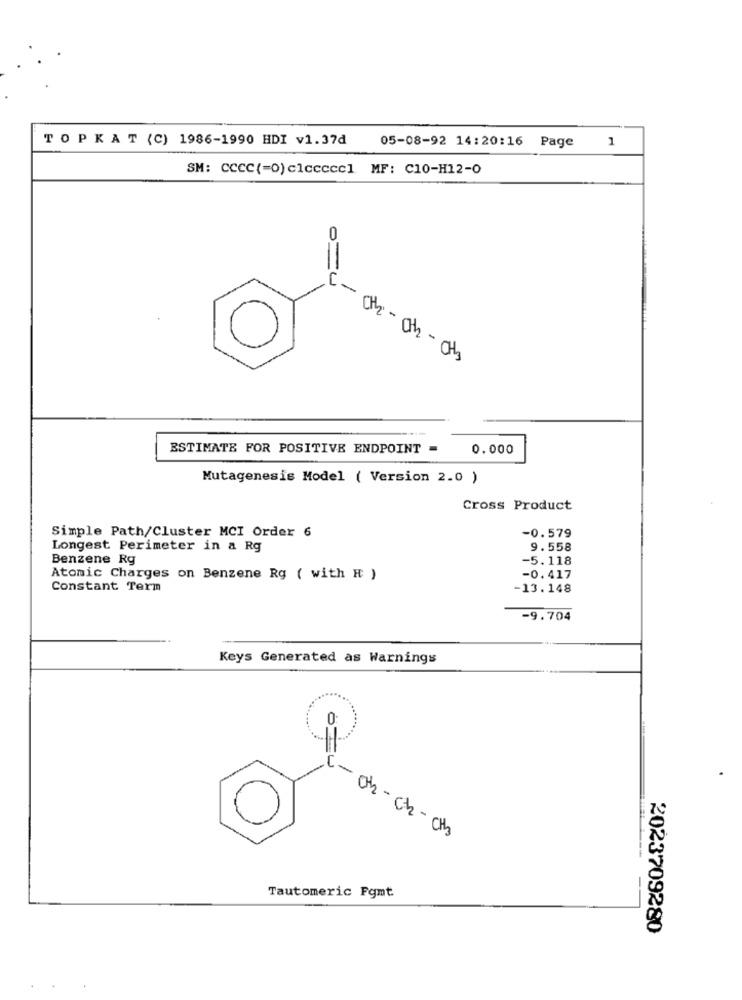
TOPKAT (C) 1986-1990 HDI v1.37d
1
05-08-92 14:20:16 Page
SM: CCCC(=0)clccccc1 MF: C10-H12-0
0
C - CH - Ch - CHs
ESTIMATE FOR POSITIVE ENDPOINT -
0.000
Mutagenesis Model ( Version 2.0 )
Cross Product
Simple Path/Cluster MCI Order 6
-0.579
Longest Perimeter in a Rg
9.558
Benzene Rg
-5.118
Atomic Charges on Benzene Rg ( with I )
-0.417
Constant Term
-13.148
-9.704
Keys Generated as Warnings
0
(-
Oh-ch - CHb
Tautomeric Fgmt
2023709280